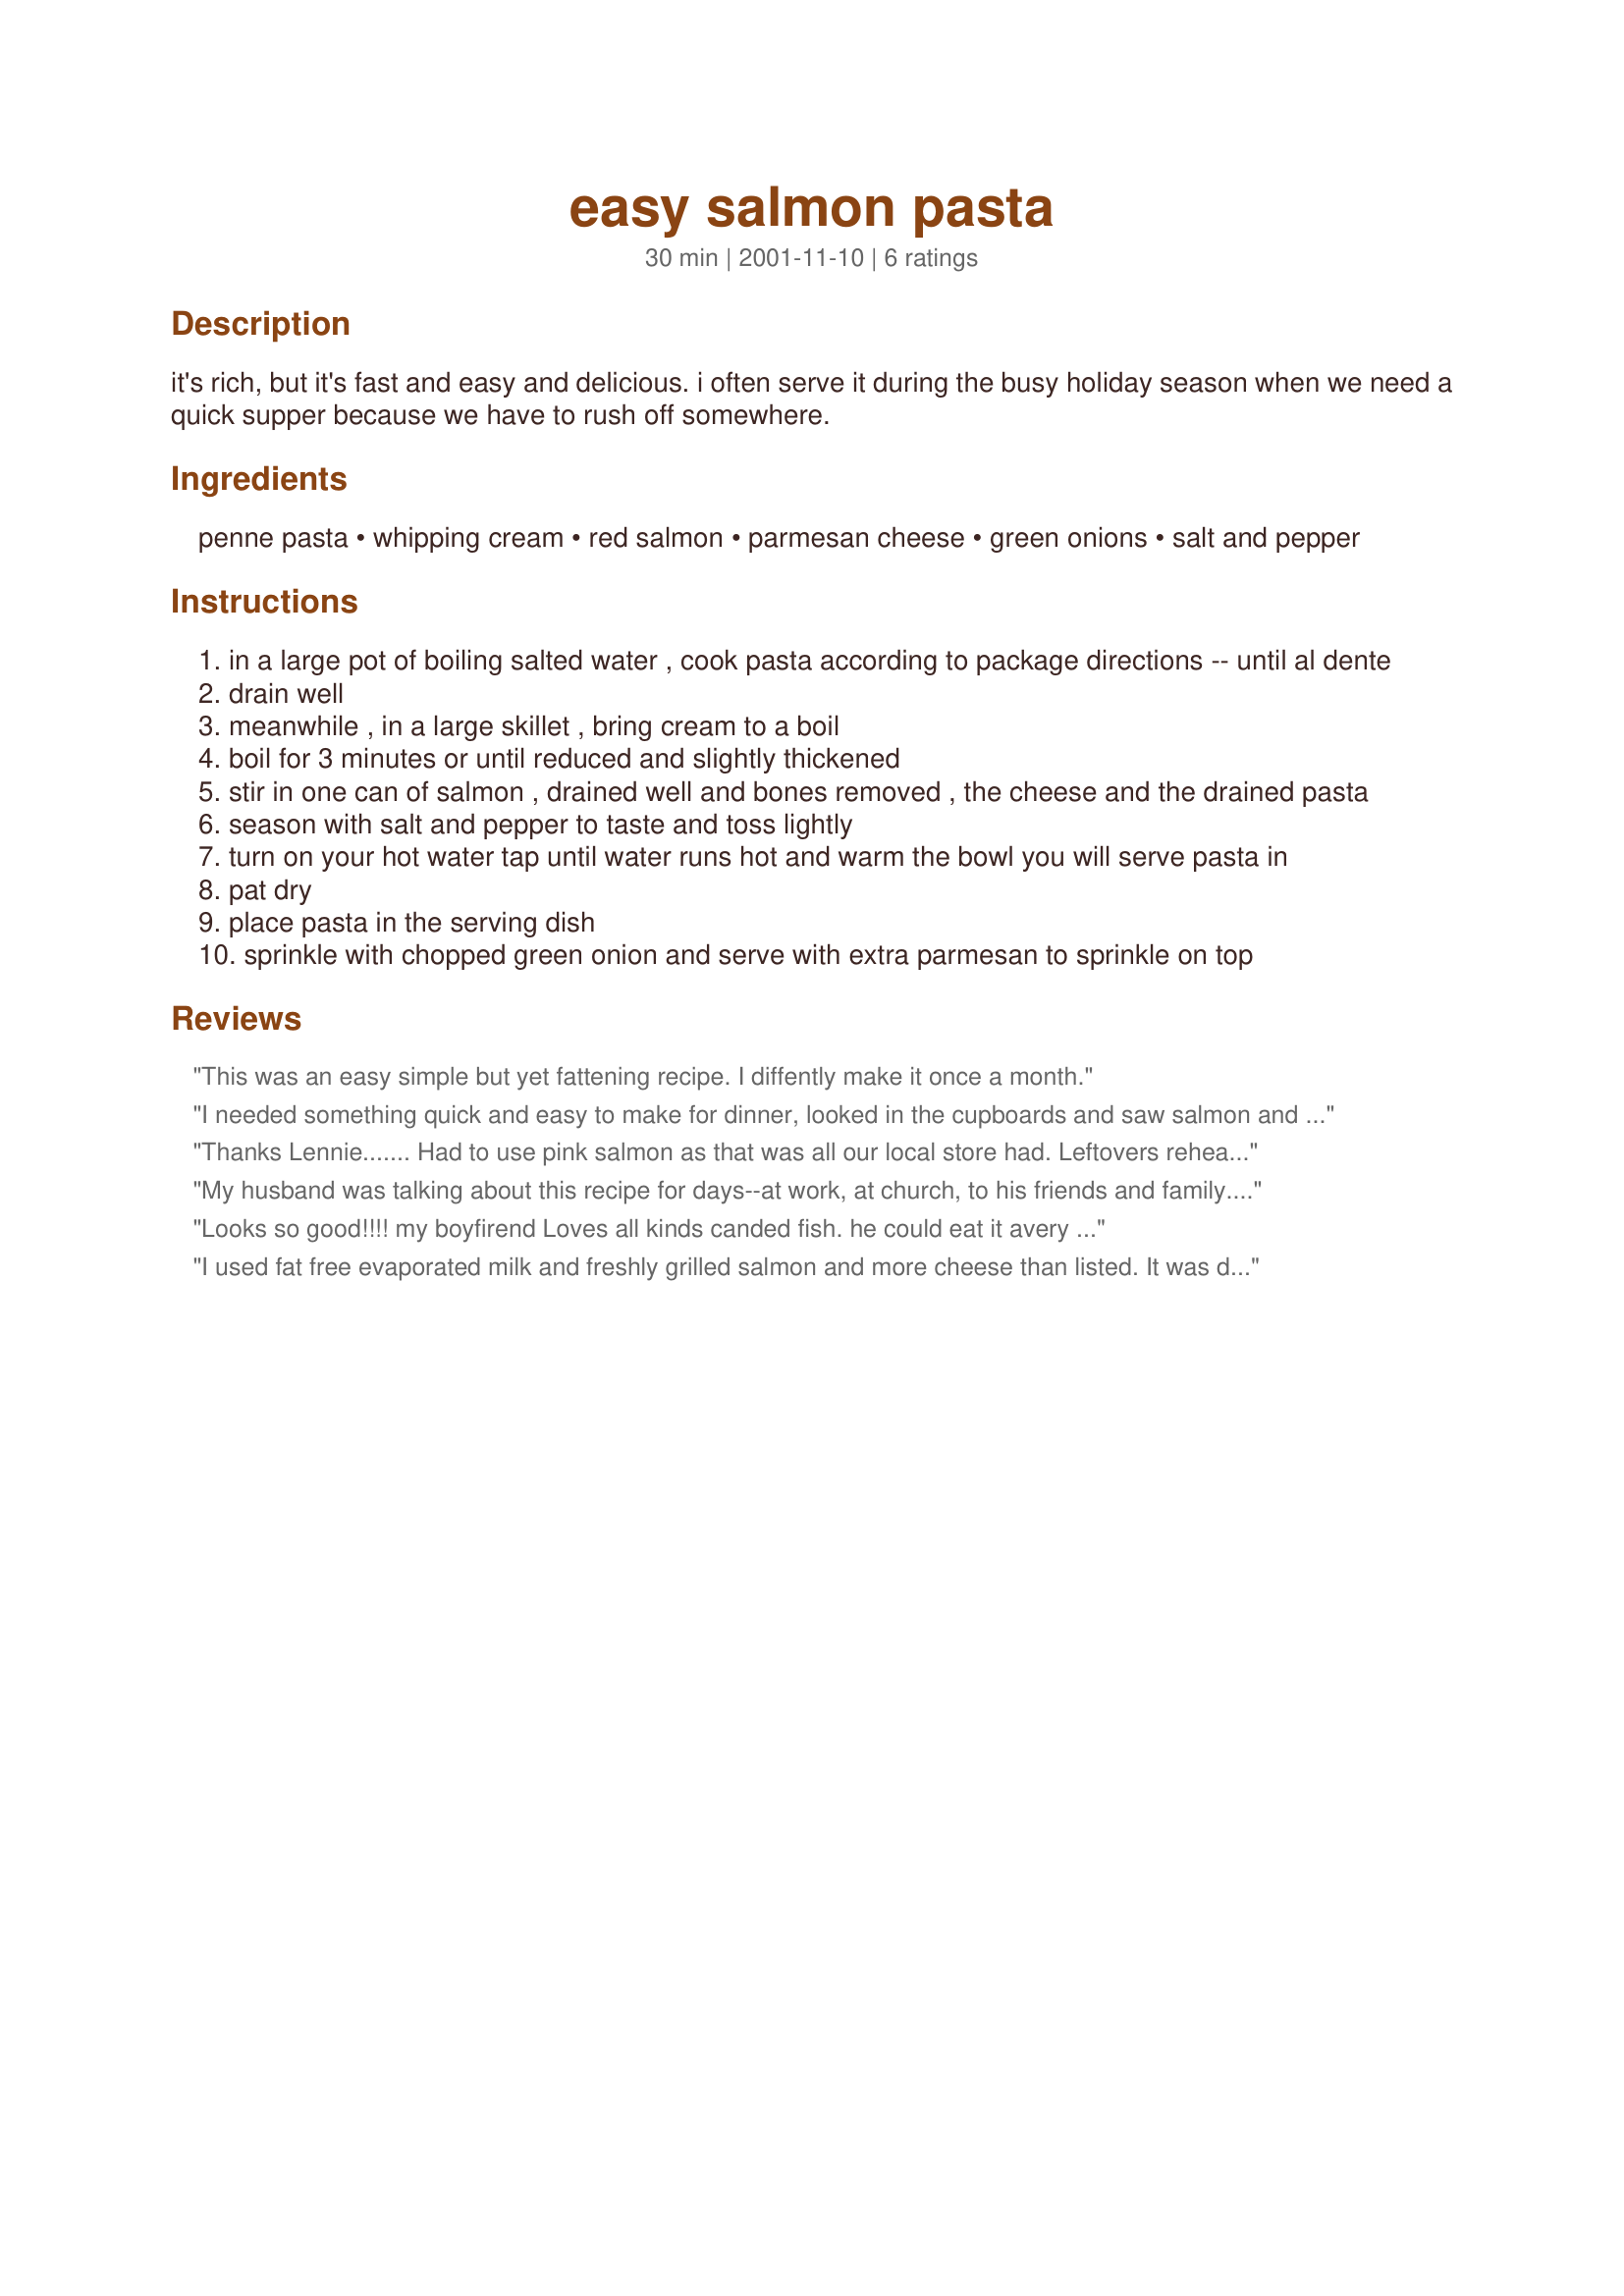
easy salmon pasta
Preparation time: 30 minutes

it's rich, but it's fast and easy and delicious. i often serve it during the busy holiday season when we need a quick supper because we have to rush off somewhere.

Ingredients:
penne pasta, whipping cream, red salmon, parmesan cheese, green onions, salt and pepper

Steps:
in a large pot of boiling salted water , cook pasta according to package directions -- until al dente
drain well
meanwhile , in a large skillet , bring cream to a boil
boil for 3 minutes or until reduced and slightly thickened
stir in one can of salmon , drained well and bones removed , the cheese and the drained pasta
season with salt and pepper to taste and toss lightly
turn on your hot water tap until water runs hot and warm the bowl you will serve pasta in
pat dry
place pasta in the serving dish
sprinkle with chopped green onion and serve with extra parmesan to sprinkle on top

Reviews:
This was an easy simple but yet fattening recipe. I diffently make it once a month.
I needed something quick and easy to make for dinner, looked in the cupboards and saw salmon and pasta so came on Zaar and this is the recipe I found.
We loved it, thanks for sharing.
Thanks Lennie....... Had to use pink salmon as that was all our local store had. Leftovers reheated well the next day with just a little more cream added. Certainly a cookbook keeper.
My husband was talking about this recipe for days--at work, at church, to his friends and family. We just got married, and I think he's enjoying bragging about what a good cook I am. Actually, I have you to thank! I only wish there were an alternative option for the cream. It's EXTREMELY high in fat.
Looks so good!!!! my boyfirend Loves all kinds canded fish. he could eat it avery night!!! thanks so much for the recipe. Ginny Ross
I used fat free evaporated milk and freshly grilled salmon and more cheese than listed. It was delicious. Just plan on skimming or sieving the evaporated milk if you boil it or heat it for a prolonged time to thicken it as the recipe calls for. It's not cream but it's healthier. I'd like to try this with fat free half-and-half as well.
